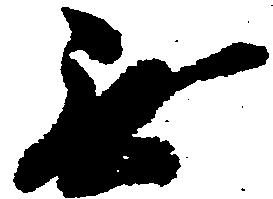
無